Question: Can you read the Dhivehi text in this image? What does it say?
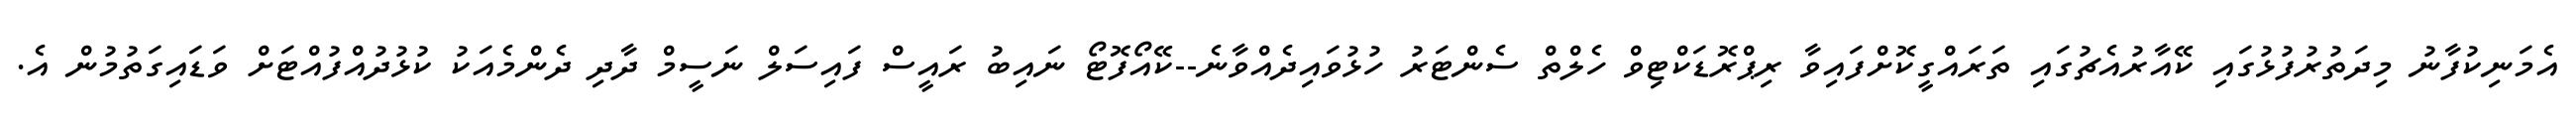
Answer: އެމަނިކުފާނު މިދަތުރުފުޅުގައި ކޭއާރުއެޗުގައި ތަރައްގީކޮށްފައިވާ ރިޕްރޮޑަކްޓިވް ހެލްތް ސެންޓަރު ހުޅުވައިދެއްވާނެ--ކޭއޯފޮޓޯ ނައިބު ރައީސް ފައިސަލް ނަސީމް ދާދި ދެންމެއަކު ކުޅުދުއްފުއްޓަށް ވަޑައިގަތުމުން އެ.